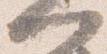
門